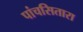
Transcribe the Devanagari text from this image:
पांचसितारा